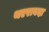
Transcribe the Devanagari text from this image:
थएरावदा